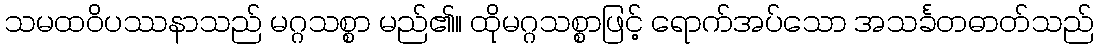
သမထဝိပဿနာသည် မဂ္ဂသစ္စာ မည်၏။ ထိုမဂ္ဂသစ္စာဖြင့် ရောက်အပ်သော အသင်္ခတဓာတ်သည်